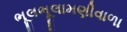
ભૂલભૂલામણીવાળા